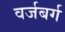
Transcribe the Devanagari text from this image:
वर्जबर्ग